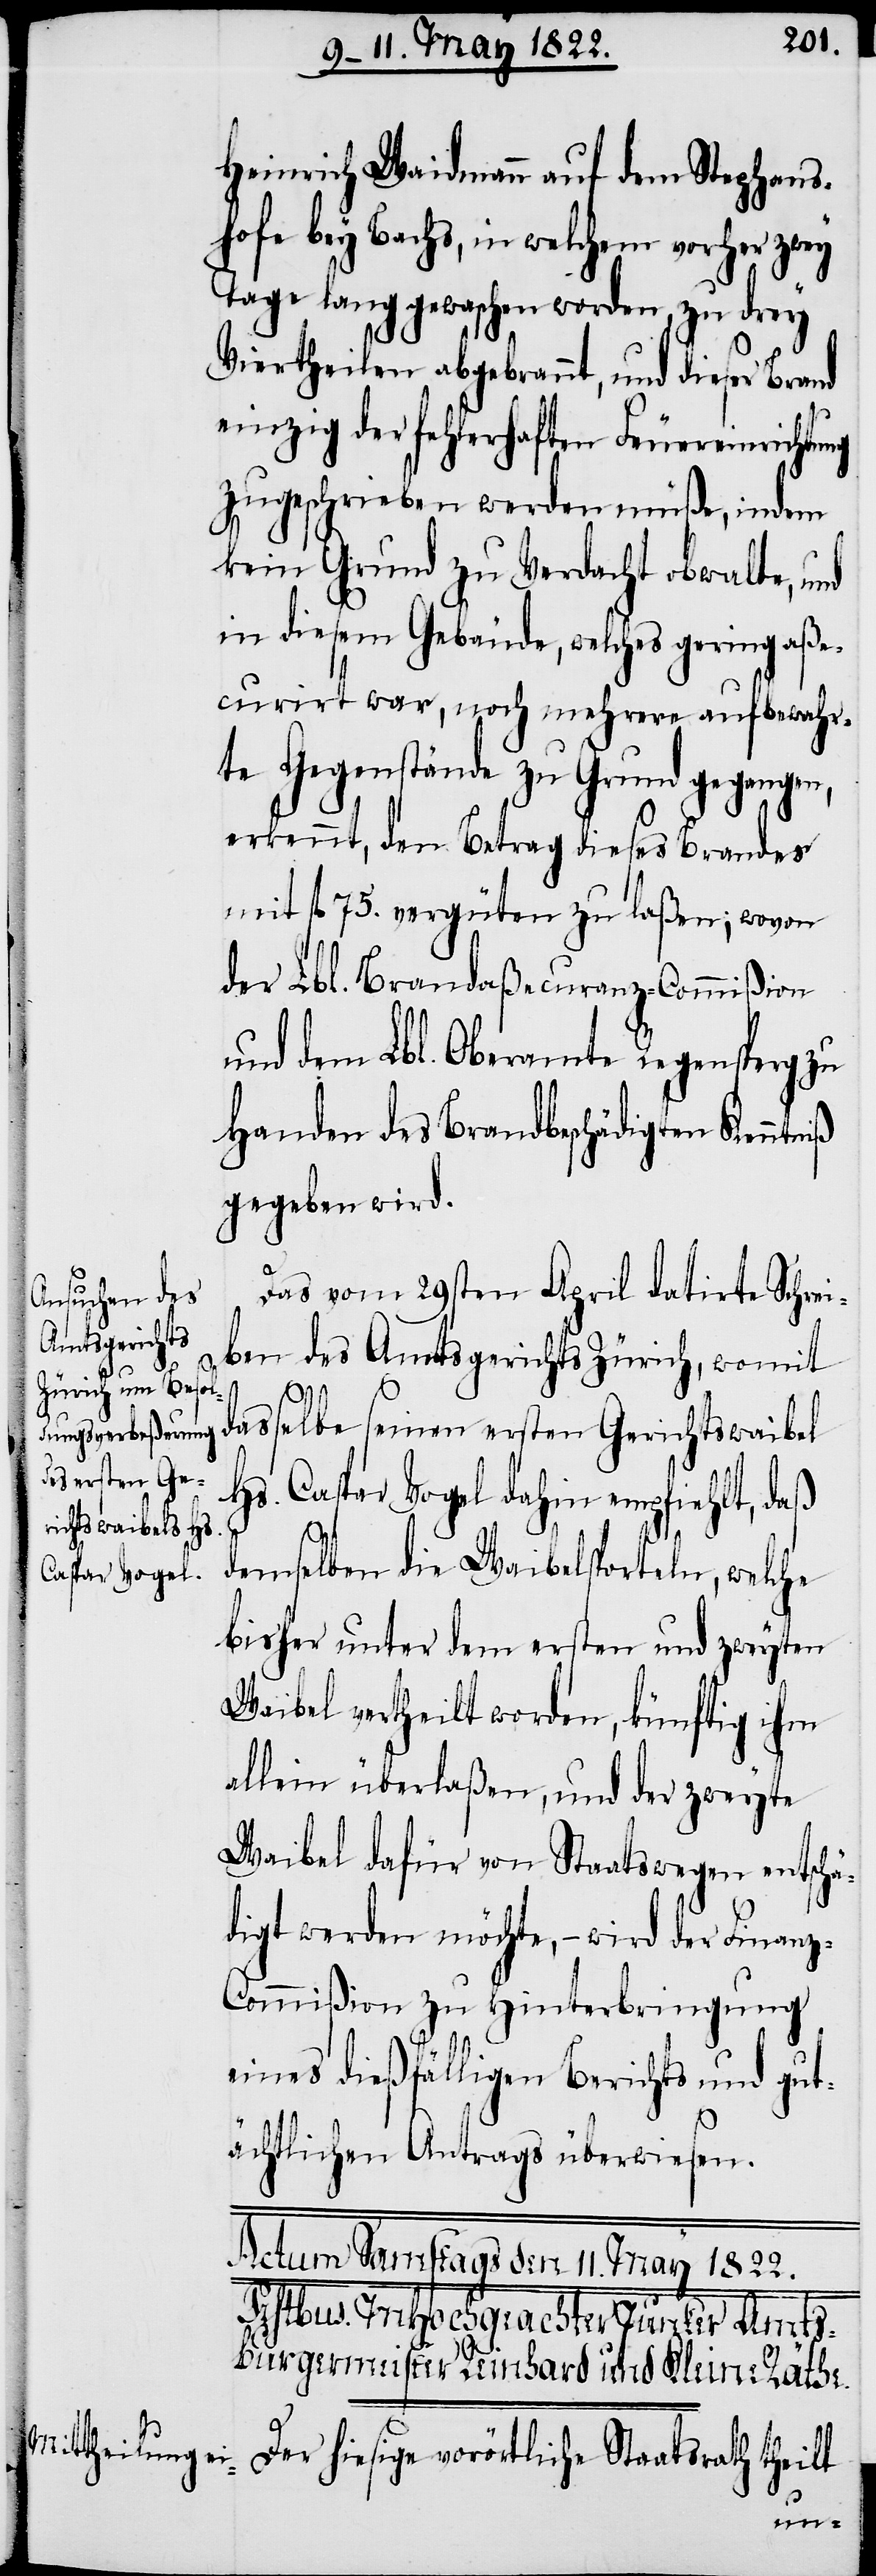
Heinrich Waidmann auf dem Stephans¬
hofe bey Bachs, in welchem vorher zwey
Tage lang gewaschen worden, zu drey
Viertheilen abgebrannt, und dieser Brand
einzig der fehlerhaften Feuereinrichtung
zugeschrieben werden müße, indem
kein Grund zu Verdacht obwalte, und
in diesem Gebäude, welches gering aße¬
curirt war, noch mehrere aufbewahr¬
te Gegenstände zu Grund gegangen,
erkennt, den Betrag dieses Brandes
mit fl. 75. vergüten zu laßen; wovon
der Lbl. Branzaßecuranz-Commißion
und dem Lbl. Oberamte Regensperg zu
Handen des Brandbeschädigten Kenntniß
gegeben wird.
Das vom 29sten April datirte Schrei¬
ben des Amtsgerichts Zürich, womit
dasselbe seinen ersten Gerichtswaibel
Hs. Caspar Vogel dahin empfiehlt, daß
demselben die Waibelsporteln, welche
bisher unter dem ersten und zweyten
Waibel vertheilt worden, künftig ihm
allein überlaßen, und der zweyte
Waibel dafür von Staatswegen entschä¬
digt werden möchte, – wird der Finanz-C¬
ommißion zu Hinterbringung
eines dießfälligen Berichts und gut¬
ächtlichen Antrags überwiesen.
Der hiesige vorörtliche Staatsrath theilt